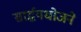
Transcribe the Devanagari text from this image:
सार्द्धयधोजने